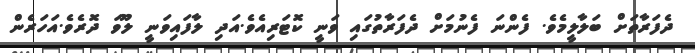
ދެފަރާތަށް ބަލާލީމެވެ. ފެންނަ ފެނުމަށް ދެފަރާތުގައި ވަނީ ކޮޓަރިއެވެ.އަދި ލާފައިވަނީ ލޫވަ ދޮރެވެ.އަހަރެން